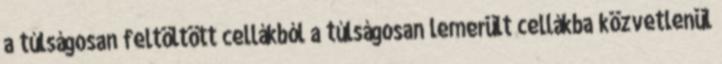
a túlságosan feltöltött cellákból a túlságosan lemerült cellákba közvetlenül